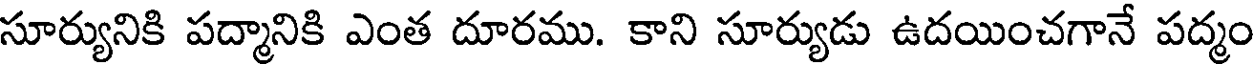
సూర్యునికి పద్మానికి ఎంత దూరము. కాని సూర్యుడు ఉదయించగానే పద్మం